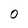
Character: 0